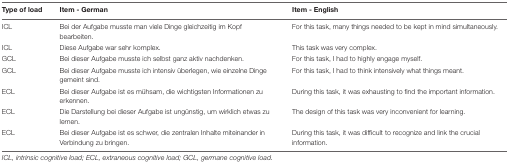
| Type of load | Item - German | Item - English |
 | --- | --- | --- |
 | ICL | Bei der Aufgabe musste man viele Dinge gleichzeitig im Kopf bearbeiten. | For this task, many things needed to be kept in mind simultaneously. |
 | ICL | Diese Aufgabe war sehr komplex. | This task was very complex. |
 | GCL | Bei dieser Aufgabe musste ich selbst ganz aktiv nachdenken. | For this task, I had to highly engage myself. |
 | GCL | Bei dieser Aufgabe musste ich intensiv überlegen, wie einzelne Dinge gemeint sind. | For this task, I had to think intensively what things meant. |
 | ECL | Bei dieser Aufgabe ist es mühsam, die wichtigsten Informationen zu erkennen. | During this task, it was exhausting to find the important information. |
 | ECL | Die Darstellung bei dieser Aufgabe ist ungünstig, um wirklich etwas zu lernen. | The design of this task was very inconvenient for learning. |
 | ECL | Bei dieser Aufgabe ist es schwer, die zentralen Inhalte miteinander in Verbindung zu bringen. | During this task, it was difficult to recognize and link the crucial information. |